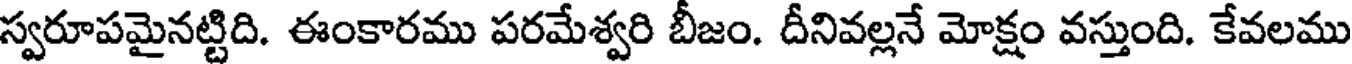
స్వరూపమైనట్టిది. ఈంకారము పరమేశ్వరి బీజం. దీనివల్లనే మోక్షం వస్తుంది. కేవలము